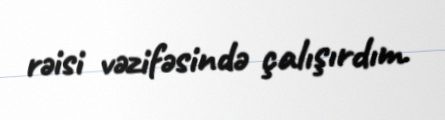
rəisi vəzifəsində çalışırdım.